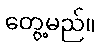
တွေ့မည်။